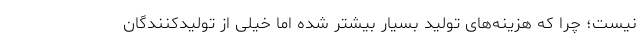
نیست؛ چرا که هزینه‌های تولید بسیار بیشتر شده اما خیلی از تولیدکنندگان